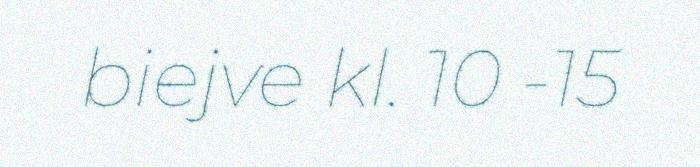
biejve kl. 10 -15